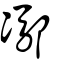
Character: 𨝭